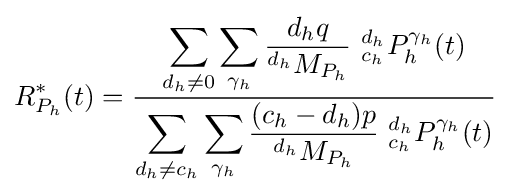
R_{P_{h}}^{*}(t)={\frac {\displaystyle \sum _{d_{h}\neq 0}\sum _{\gamma _{h}}{\frac {d_{h}q}{^{d_{h}}M_{P_{h}}}}\ {^{d_{h}}_{c_{h}}}P_{h}^{\gamma _{h}}(t)}{\displaystyle \sum _{d_{h}\neq c_{h}}\sum _{\gamma _{h}}{\frac {(c_{h}-d_{h})p}{^{d_{h}}M_{P_{h}}}}\ {^{d_{h}}_{c_{h}}}P_{h}^{\gamma _{h}}(t)}}